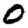
Digit: 0